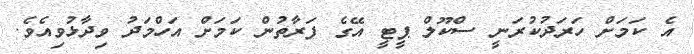
އެ ކަމަށް ހަރަދުކުރަނީ ސްކޫލް ޕީޓީ އޭގެ ފަރާތުން ކަމަށް އަހްމަދު ވިދާޅުވިއެވެ.